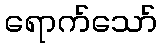
ရောက်သော်